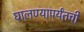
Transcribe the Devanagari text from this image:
घालण्यापर्यंतची